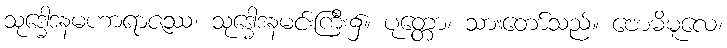
သုဒ္ဓေါဒနမဟာရာဇဿ၊ သုဒ္ဓေါဒနမင်းကြီး၌။ ပုတ္တော၊ သားတော်သည်။ ဗောဓိမူလေ၊